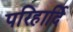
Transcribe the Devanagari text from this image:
परिहार्दि